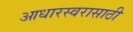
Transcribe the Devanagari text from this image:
आधारस्वरासाठी